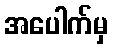
အပေါက်မှ